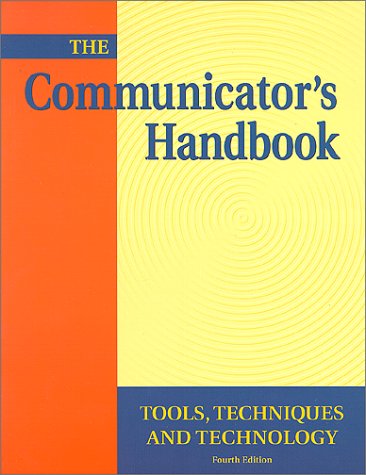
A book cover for The Communicator's Handbook: Tools, Techniques and Technology; Business & Money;